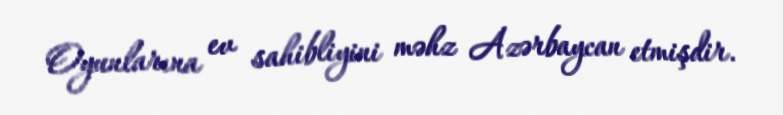
Oyunlarına ev sahibliyini məhz Azərbaycan etmişdir.